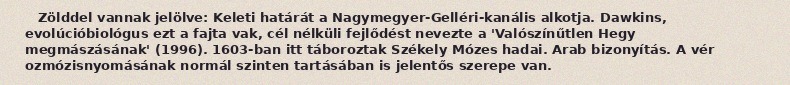
Zölddel vannak jelölve: Keleti határát a Nagymegyer-Gelléri-kanális alkotja. Dawkins, evolúcióbiológus ezt a fajta vak, cél nélküli fejlődést nevezte a 'Valószínűtlen Hegy megmászásának' (1996). 1603-ban itt táboroztak Székely Mózes hadai. Arab bizonyítás. A vér ozmózisnyomásának normál szinten tartásában is jelentős szerepe van.